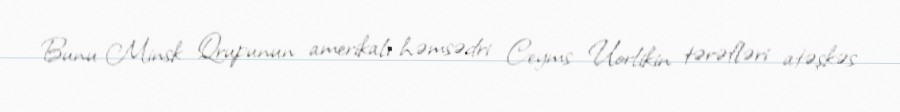
Bunu Minsk Qrupunun amerikalı həmsədri Ceyms Uorlikin tərəfləri atəşkəs